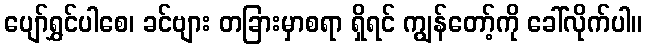
ပျော်ရွှင်ပါစေ၊ ခင်ဗျား တခြားမှာစရာ ရှိရင် ကျွန်တော့်ကို ခေါ်လိုက်ပါ။